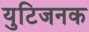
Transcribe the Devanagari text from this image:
युटिजनक